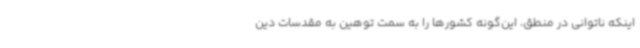
اینکه ناتوانی در منطق، این‌گونه کشورها را به سمت توهین به مقدسات دین